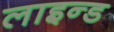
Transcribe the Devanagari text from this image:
लाइन्‍ड